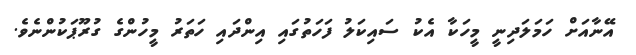
އޭނާއަށް ހަމަލަދިނީ މީހަކާ އެކު ސައިކަލު ފަހަތުގައި އިންދައި ހަތަރު މީހުންގެ ގުރޫޕަކުންނެވެ.